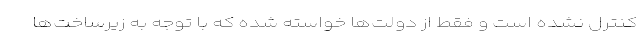
کنترل نشده است و فقط از دولت‌ها خواسته شده که با توجه به زیرساخت‌ها